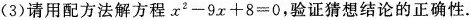
(3)请用配方法解方程$$x ^ { 2 } - 9 x + 8 = 0$$，验证猜想结论的正确性.